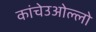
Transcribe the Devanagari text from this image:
कांचेउओल्लो